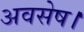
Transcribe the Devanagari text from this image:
अवसेष।